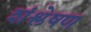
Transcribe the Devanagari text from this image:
शंश्लेषण